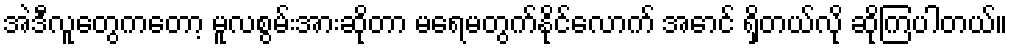
အဲဒီလူတွေကတော့ မူလစွမ်းအားဆိုတာ မရေမတွက်နိုင်လောက် အောင် ရှိတယ်လို ဆိုကြပါတယ်။